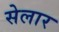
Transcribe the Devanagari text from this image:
सेलार